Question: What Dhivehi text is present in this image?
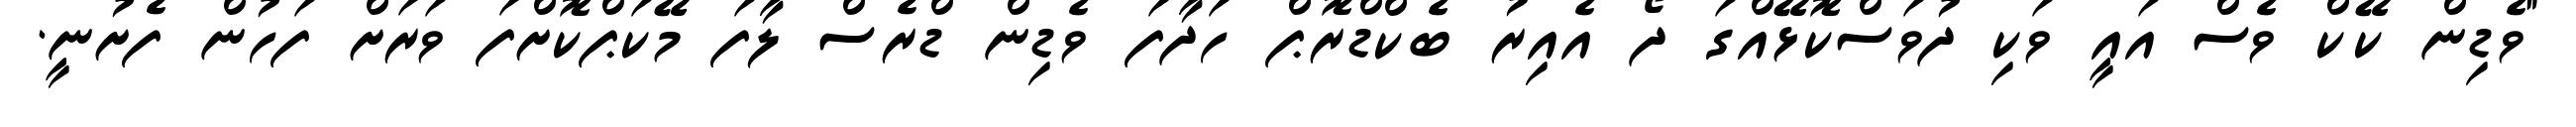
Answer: "ވެޑިން ކޭކް ވެސް އައީ ވަކި ދުވަސްކޮޅޭއްގަ ދޯ އެއިރު ބެކްޑްރޮޕް ހަދާފަ ވެޑިން ޑްރެސް ލާފަ މޭކަޕްކޮށްފަ ވަރަށް ފަހުން ފެށުނީ.